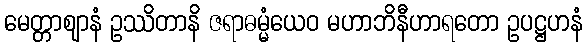
မေတ္တာဈာနံ ဥဿိတာနိ ဇရာဓမ္မံယေဝ မဟာဘိနီဟာရတော ဥပဋ္ဌဟနံ